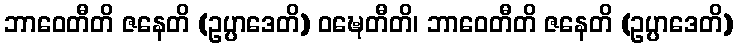
ဘာဝေတီတိ ဇနေတိ (ဥပ္ပာဒေတိ) ဝဍ္ဎေတီတိ၊ ဘာဝေတီတိ ဇနေတိ (ဥပ္ပာဒေတိ)